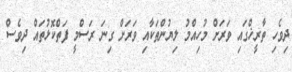
ދިވެހި ތާރީޚްގައި ވަރަށް މުހިއްމު ލިޔުންތަކާއި ވަރަށް ގިނަ ރަސްމީ ފަތްކޮޅުތައް ދިވެސް